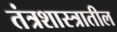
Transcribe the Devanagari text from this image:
तंत्रशास्त्रातील